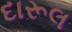
દારૂલ